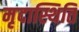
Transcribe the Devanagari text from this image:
मृदास्थिति